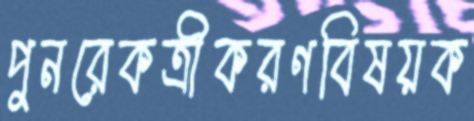
পুনরেকত্রীকরণবিষয়ক